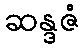
ဆန္ဒဇံ